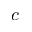
c